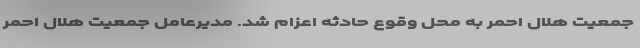
جمعیت هلال احمر به محل وقوع حادثه اعزام شد. مدیرعامل جمعیت هلال احمر